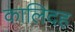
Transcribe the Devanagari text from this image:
कालिदह